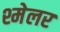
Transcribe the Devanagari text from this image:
श्मेलर